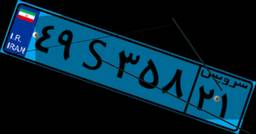
۶۱S۰۵۳۹۰